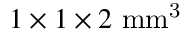
1 \times 1 \times 2 ~ \mathrm { m m ^ { 3 } }